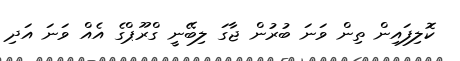
ކޮލިފައިން ތިން ވަނަ ބުރުން ޖާގަ ލިބޭނީ ގްރޫޕްގެ އެއް ވަނަ އަދި